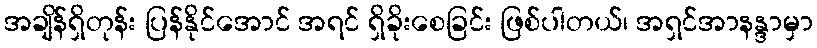
အချိန်ရှိတုန်း ပြန်နိုင်အောင် အရင် ရှိခိုးစေခြင်း ဖြစ်ပါတယ်၊ အရှင်အာနန္ဒာမှာ